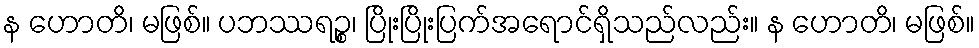
န ဟောတိ၊ မဖြစ်။ ပဘဿရဉ္စ၊ ပြိုးပြိုးပြက်အရောင်ရှိသည်လည်း။ န ဟောတိ၊ မဖြစ်။